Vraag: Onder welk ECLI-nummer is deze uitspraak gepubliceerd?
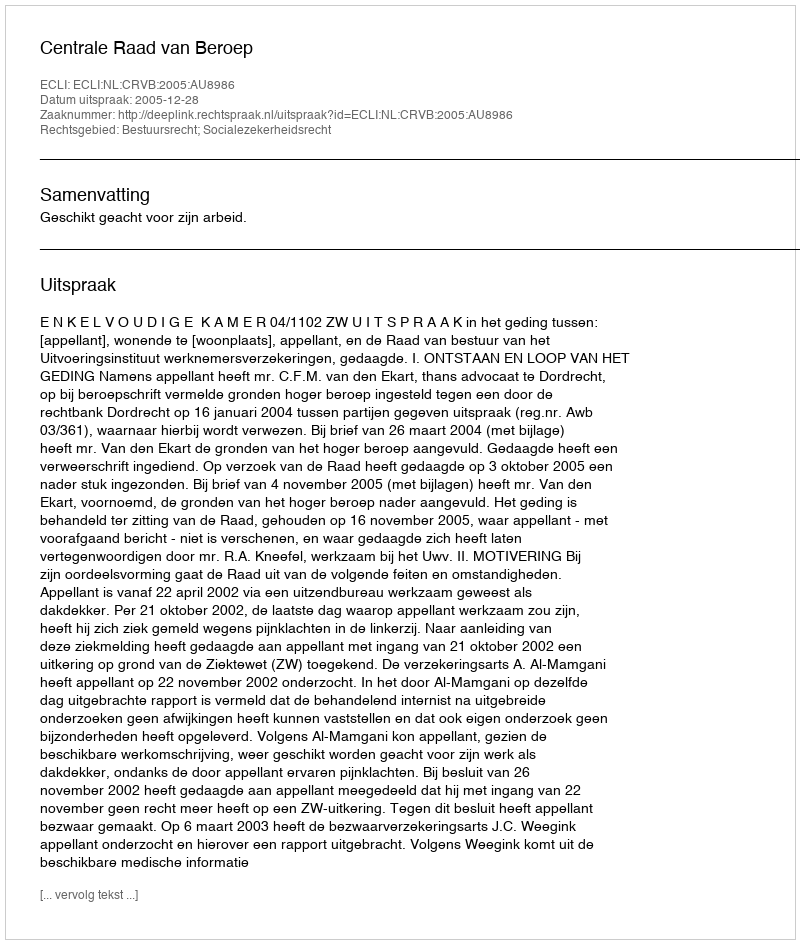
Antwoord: ECLI:NL:CRVB:2005:AU8986